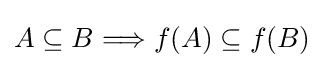
A\subseteq B\Longrightarrow f(A)\subseteq f(B)